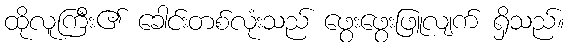
ထိုလူကြီး၏ ခေါင်းတစ်လုံးသည် ဖွေးဖွေးဖြူလျက် ရှိသည်။